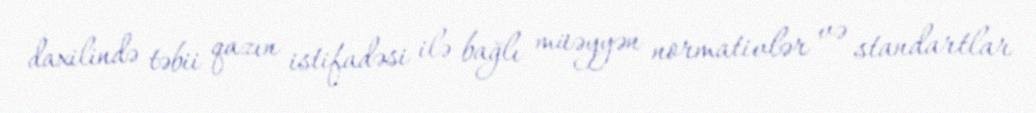
daxilində təbii qazın istifadəsi ilə bağlı müəyyən normativlər və standartlar